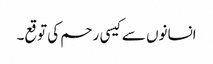
انسانوں سے کیسی رحم کی توقع۔